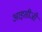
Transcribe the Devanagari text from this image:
आइसीजी